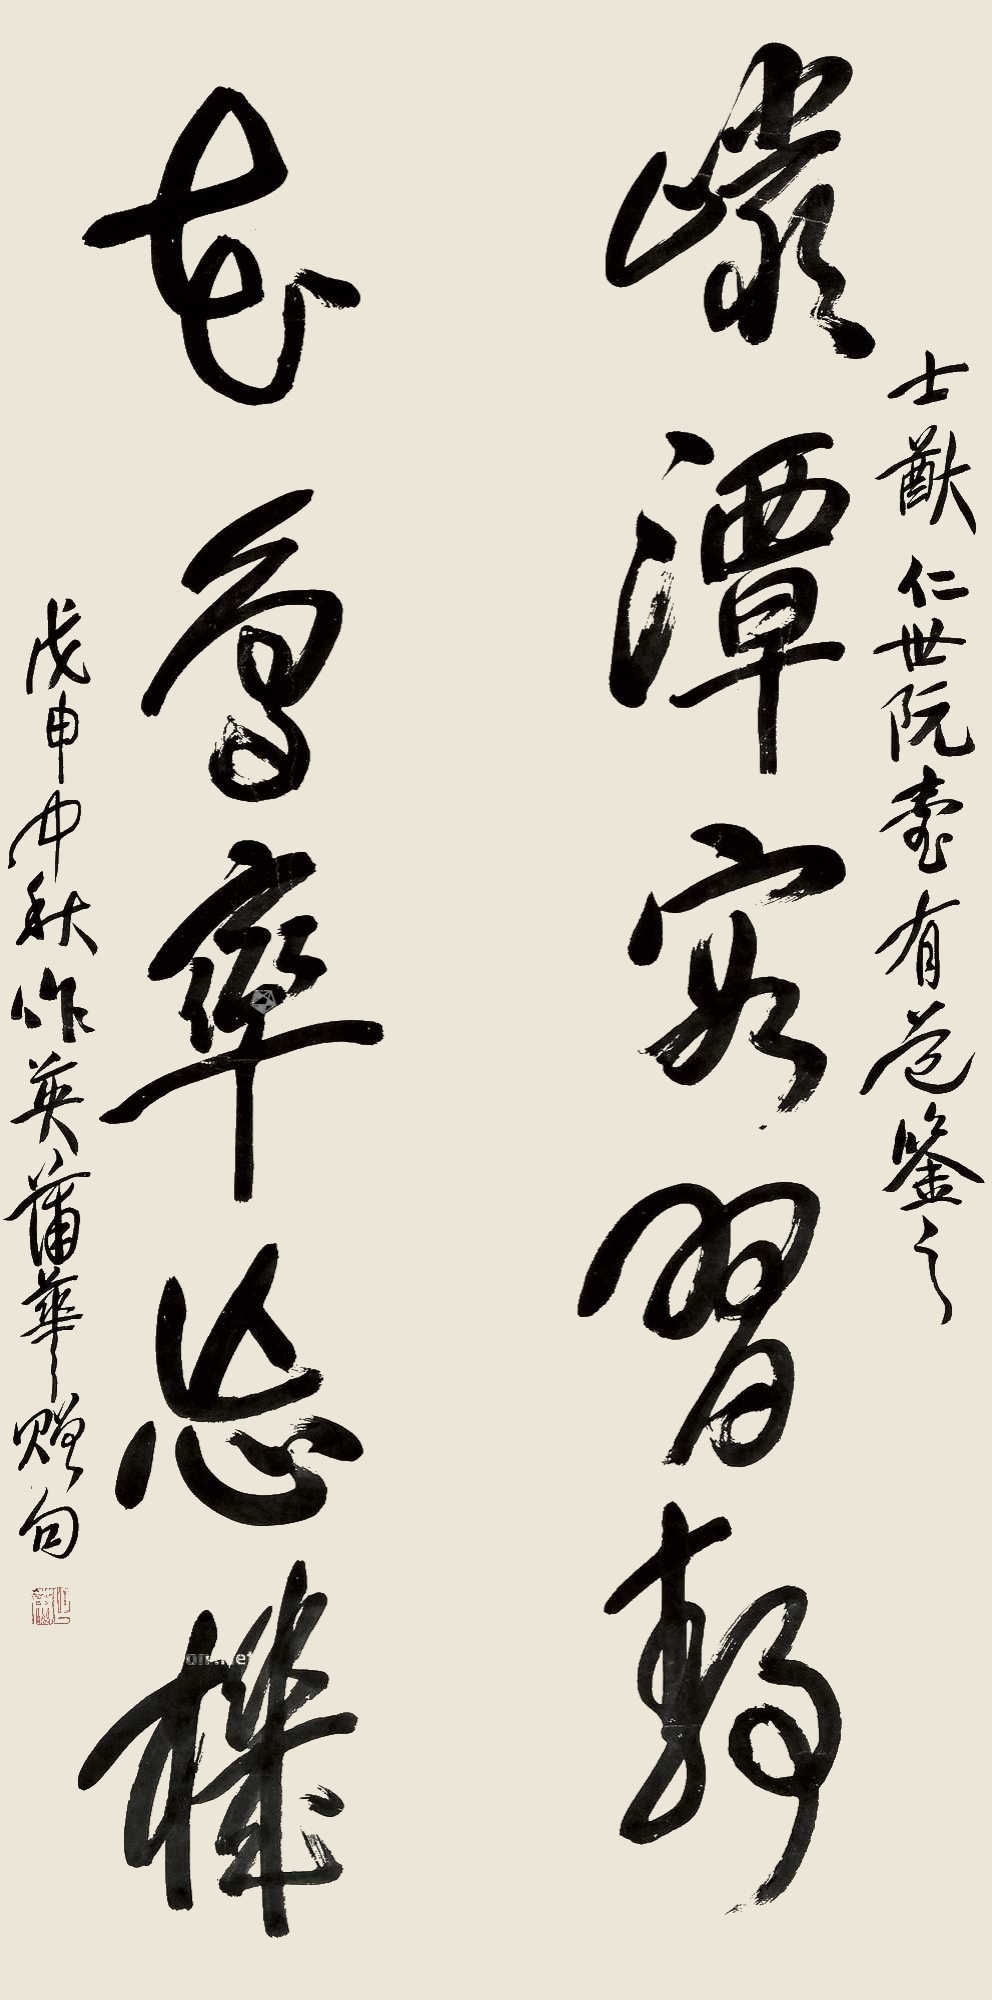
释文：岩潭容习静，花鸟率忘机。士猷仁世阮台有道鉴之。戊申中秋，作英蒲华赠句。